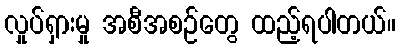
လှုပ်ရှားမှု အစီအစဉ်တွေ ထည့်ရပါတယ်။